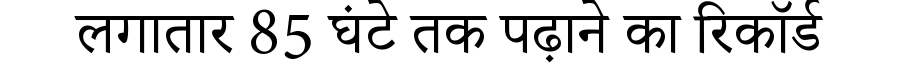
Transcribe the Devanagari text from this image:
लगातार 85 घंटे तक पढ़ाने का रिकॉर्ड